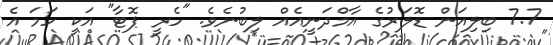
7.7 ބިލިއަން ޑޮލަރުގެ އާމްދަނީއެއް ލިބުނެވެ. "ހެރީ ޕޮޓާ" އަކީ ހަމަ އެ